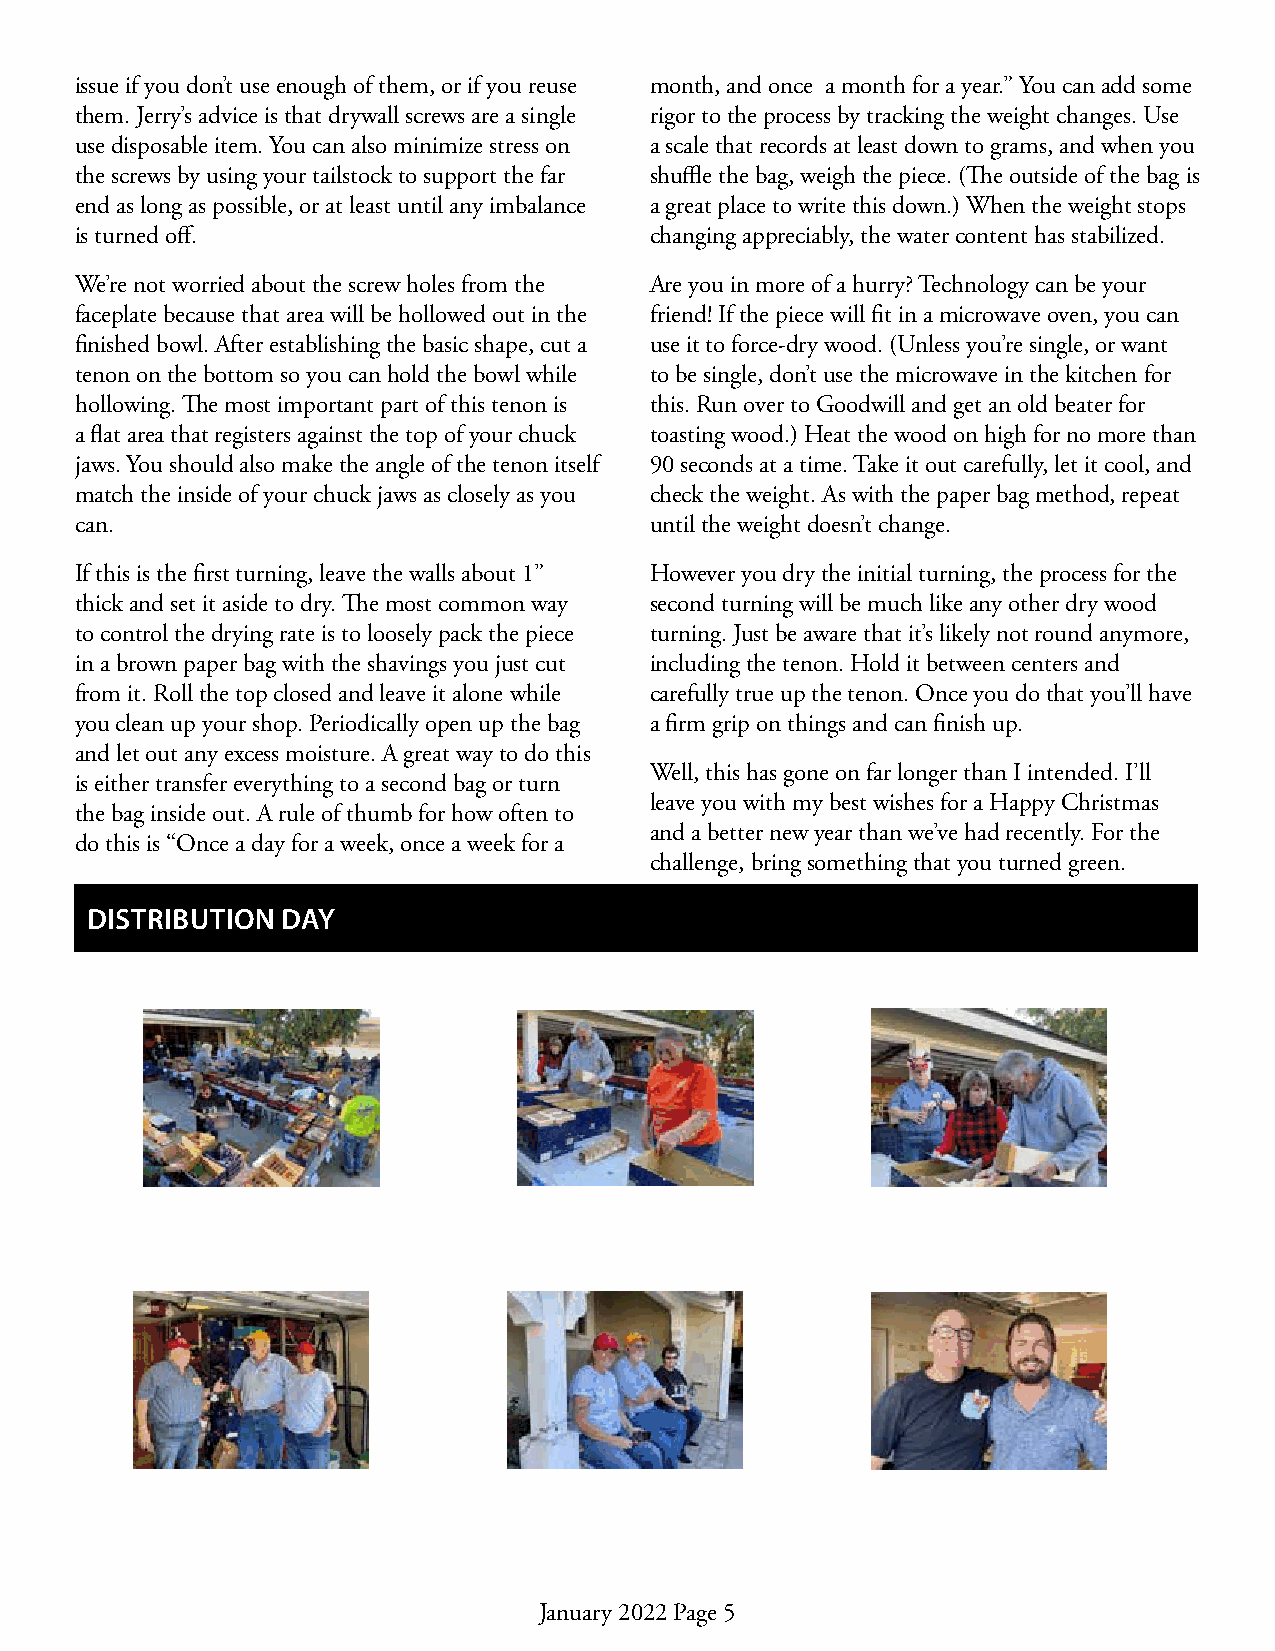
issue if you don’t use enough of them, or if you reuse month, and once a month for a year.” You can add some
 them. Jerry’s advice is that drywall screws are a single rigor to the process by tracking the weight changes. Use
 use disposable item. You can also minimize stress on a scale that records at least down to grams, and when you
 the screws by using your tailstock to support the far shuffle the bag, weigh the piece. (The outside of the bag is
 end as long as possible, or at least until any imbalance a great place to write this down.) When the weight stops
 is turned off.                        changing appreciably, the water content has stabilized.
 We’re not worried about the screw holes from the Are you in more of a hurry? Technology can be your
 faceplate because that area will be hollowed out in the friend! If the piece will fit in a microwave oven, you can
 finished bowl. After establishing the basic shape, cut a use it to force-dry wood. (Unless you’re single, or want
 tenon on the bottom so you can hold the bowl while to be single, don’t use the microwave in the kitchen for
 hollowing. The most important part of this tenon is this. Run over to Goodwill and get an old beater for
 a flat area that registers against the top of your chuck toasting wood.) Heat the wood on high for no more than
 jaws. You should also make the angle of the tenon itself 90 seconds at a time. Take it out carefully, let it cool, and
 match the inside of your chuck jaws as closely as you check the weight. As with the paper bag method, repeat
 can.                                  until the weight doesn’t change.
 If this is the first turning, leave the walls about 1” However you dry the initial turning, the process for the
 thick and set it aside to dry. The most common way second turning will be much like any other dry wood
 to control the drying rate is to loosely pack the piece turning. Just be aware that it’s likely not round anymore,
 in a brown paper bag with the shavings you just cut including the tenon. Hold it between centers and
 from it. Roll the top closed and leave it alone while carefully true up the tenon. Once you do that you’ll have
 you clean up your shop. Periodically open up the bag a firm grip on things and can finish up.
 and let out any excess moisture. A great way to do this
 Well, this has gone on far longer than I intended. I’ll
 is either transfer everything to a second bag or turn
 leave you with my best wishes for a Happy Christmas
 the bag inside out. A rule of thumb for how often to
 and a better new year than we’ve had recently. For the
 do this is “Once a day for a week, once a week for a
 challenge, bring something that you turned green.
 DISTRIBUTION DAY
 January 2022 Page 5